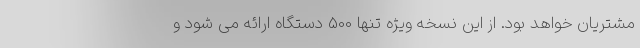
مشتریان خواهد بود. از این نسخه ویژه تنها 500 دستگاه ارائه می شود و